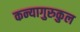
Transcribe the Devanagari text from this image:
कन्यागुरुकुल